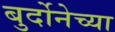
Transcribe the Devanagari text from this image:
बुर्दोनेच्या